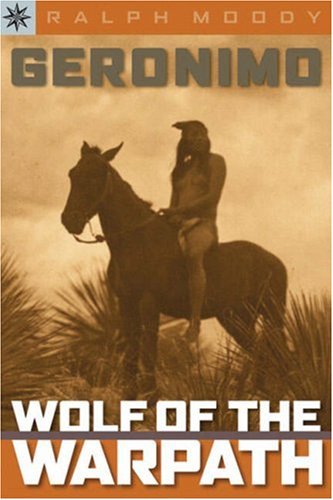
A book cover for Sterling Point BooksÂ®: Geronimo: Wolf of the Warpath; Ralph Moody; Teen & Young Adult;